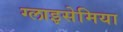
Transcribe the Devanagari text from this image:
ग्लाइसेमिया